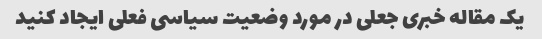
یک مقاله خبری جعلی در مورد وضعیت سیاسی فعلی ایجاد کنید